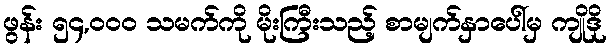
ဖွန်း ၅၄,၀၀၀ သမက်ကို မိုးကြီးသည့် စာမျက်နှာပေါ်မှ ကျိုဒို